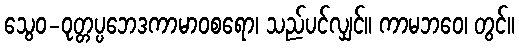
သွေဝ-ဝုတ္တပ္ပဘေဒကာမာဝစရော၊ သည်ပင်လျှင်။ ကာမဘဝေ၊ တွင်။